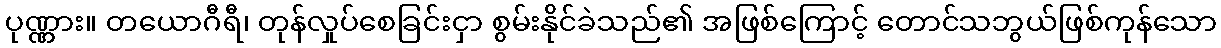
ပုဏ္ဏား။ တယောဂီရီ၊ တုန်လှုပ်စေခြင်းငှာ စွမ်းနိုင်ခဲသည်၏ အဖြစ်ကြောင့် တောင်သဘွယ်ဖြစ်ကုန်သော